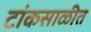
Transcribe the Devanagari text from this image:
टांकसाळीत